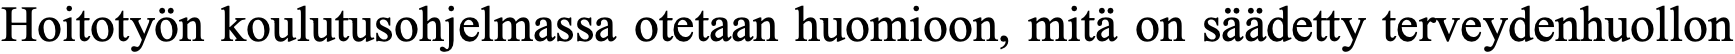
Hoitotyön koulutusohjelmassa otetaan huomioon, mitä on säädetty terveydenhuollon